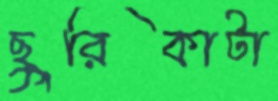
ছুরিকাটা